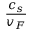
\frac { c _ { s } } { v _ { F } }